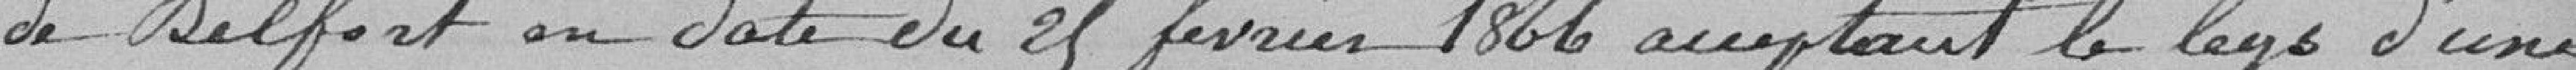
de Belfort en date du 25 février 1866 acceptant le legs d'un